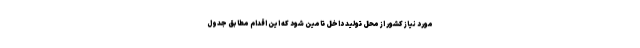
مورد نیاز کشور از محل تولید داخل تامین شود که این اقدام مطابق جدول